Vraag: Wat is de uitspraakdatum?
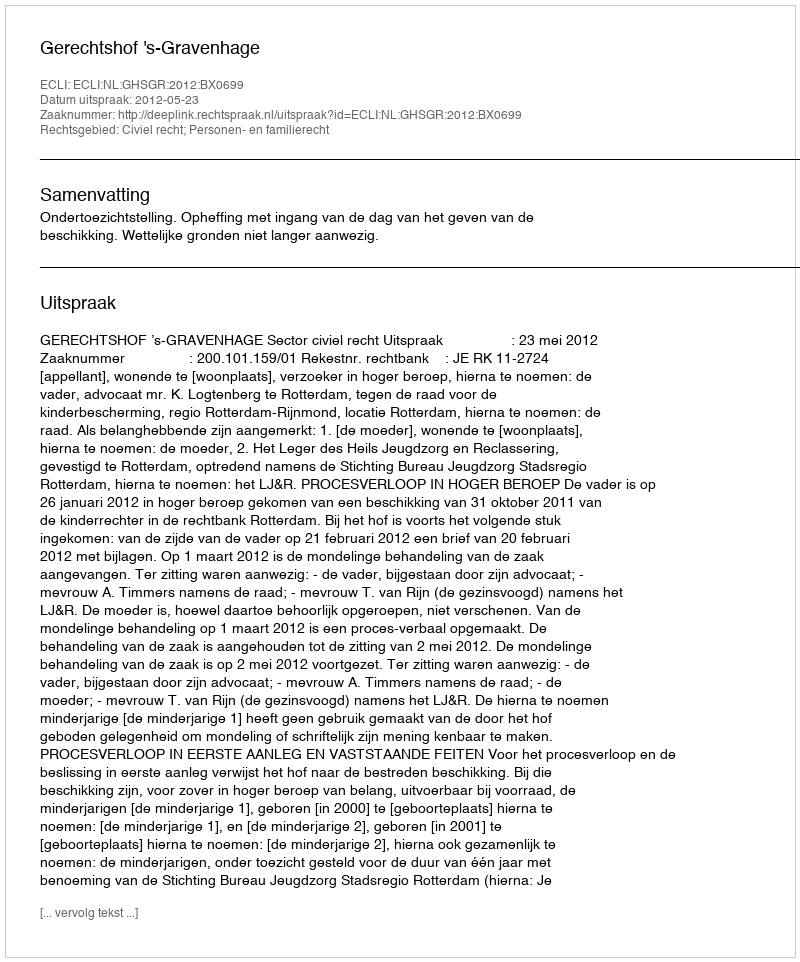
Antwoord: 2012-05-23